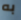
به